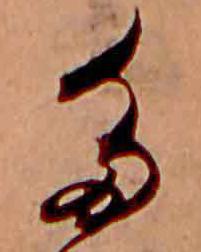
た